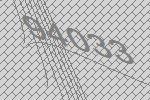
94033